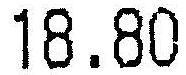
18.80